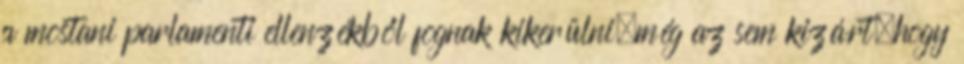
a mostani parlamenti ellenzékből fognak kikerülni.még az sem kizárt,hogy